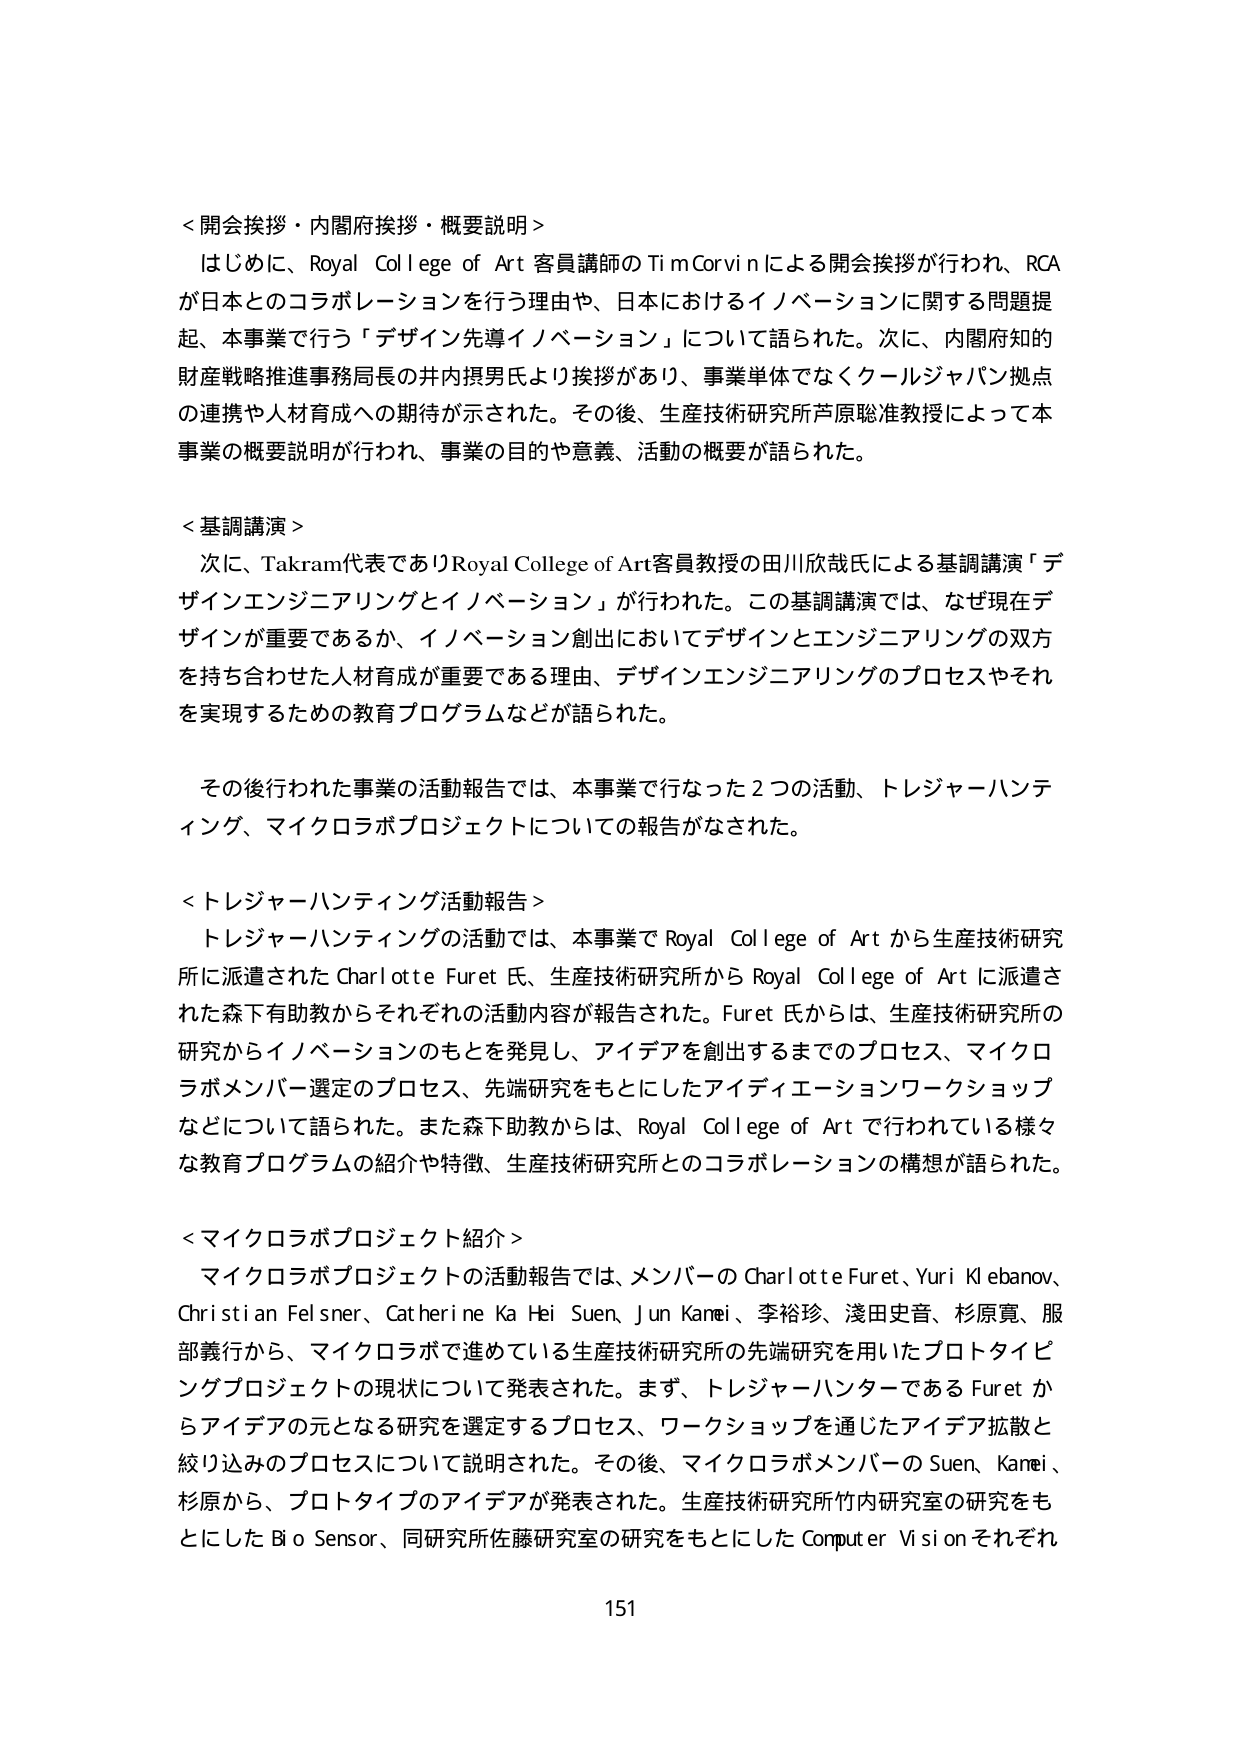
＜開会挨拶・内閣府挨拶・概要説明＞
はじめに、Royal College of Art 客員講師のTim Corvinによる開会挨拶が行われ、RCAが日本とのコラボレーションを行う理由や、日本におけるイノベーションに関する問題提起、本事業で行う「デザイン先導イノベーション」について語られた。次に、内閣府知的財産戦略推進事務局長の井内摂男氏より挨拶があり、事業単体でなくクールジャパン拠点の連携や人材育成への期待が示された。その後、生産技術研究所芦原聡准教授によって本事業の概要説明が行われ、事業の目的や意義、活動の概要が語られた。

＜基調講演＞
次に、Takram代表でありRoyal College of Art客員教授の田川欣哉氏による基調講演「デザインエンジニアリングとイノベーション」が行われた。この基調講演では、なぜ現在デザインが重要であるか、イノベーション創出においてデザインとエンジニアリングの双方を持ち合わせた人材育成が重要である理由、デザインエンジニアリングのプロセスやそれを実現するための教育プログラムなどが語られた。

その後行われた事業の活動報告では、本事業で行なった2つの活動、トレジャーハンティング、マイクロラボプロジェクトについての報告がなされた。

＜トレジャーハンティング活動報告＞
トレジャーハンティングの活動では、本事業でRoyal College of Artから生産技術研究所に派遣されたCharlotte Furet氏、生産技術研究所からRoyal College of Artに派遣された森下有助教からそれぞれの活動内容が報告された。Furet氏からは、生産技術研究所の研究からイノベーションのもとを発見し、アイデアを創出するまでのプロセス、マイクロラボメンバー選定のプロセス、先端研究をもとにしたアイディエーションワークショップなどについて語られた。また森下助教からは、Royal College of Artで行われている様々な教育プログラムの紹介や特徴、生産技術研究所とのコラボレーションの構想が語られた。

＜マイクロラボプロジェクト紹介＞
マイクロラボプロジェクトの活動報告では、メンバーのCharlotte Furet、Yuri Klebanov、Christian Felsner、Catherine Ka Hei Suen、Jun Kanei、李裕珍、浅田史亜、杉原寛、服部義行から、マイクロラボで進めている生産技術研究所の先端研究を用いたプロトタイピングプロジェクトの現状について発表された。まず、トレジャーハンターであるFuretからアイデアの元となる研究を選定するプロセス、ワークショップを通じたアイデア拡散と絞り込みのプロセスについて説明された。その後、マイクロラボメンバーのSuen、Kanei、杉原から、プロトタイプのアイデアが発表された。生産技術研究所竹内研究室の研究をもとにしたBio Sensor、同研究所佐藤研究室の研究をもとにしたComputer Visionそれぞれ

151